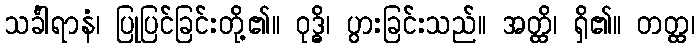
သင်္ခါရာနံ၊ ပြုပြင်ခြင်းတို့၏။ ဝုဒ္ဓိ၊ ပွားခြင်းသည်။ အတ္ထိ၊ ရှိ၏။ တတ္ထ၊